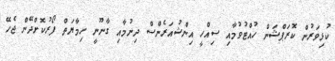
ކުޅިވަރުން ކޮރަޕްޝަން ހުއްޓުވުމާއި ސިއްހީ އިންޝުއަރެންސް ދިނުމާއި ގާނޫނީ ހިމާޔަތް ފޯރުކޮށްދޭން ޖެހޭ